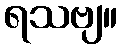
ရသဗျ။